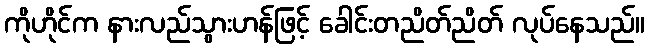
ကိုဟိုင်က နားလည်သွားဟန်ဖြင့် ခေါင်းတညိတ်ညိတ် လုပ်နေသည်။